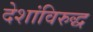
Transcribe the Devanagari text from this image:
देशांविरुद्ध